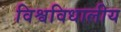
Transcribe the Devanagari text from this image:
विश्वविधालीय